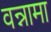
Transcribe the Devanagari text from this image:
वन्नामा